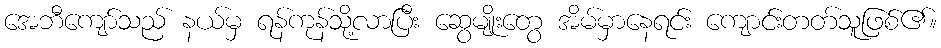
အေဘီကျော်သည် နယ်မှ ရန်ကုန်သို့လာပြီး ဆွေမျိုးတွေ အိမ်မှာနေရင်း ကျောင်းတတ်သူဖြစ်၏။